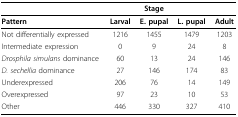
<table><thead><tr><td></td><td></td><td><b>Stage</b></td><td></td><td></td></tr></thead><tbody><tr><td><b>Pattern</b></td><td><b>Larval</b></td><td><b>E. pupal</b></td><td><b>L. pupal</b></td><td><b>Adult</b></td></tr><tr><td>Not differentially expressed</td><td>1216</td><td>1455</td><td>1479</td><td>1203</td></tr><tr><td>Intermediate expression</td><td>0</td><td>9</td><td>24</td><td>8</td></tr><tr><td><i>Drosphila simulans </i>dominance</td><td>60</td><td>13</td><td>24</td><td>146</td></tr><tr><td><i>D. sechellia </i>dominance</td><td>27</td><td>146</td><td>174</td><td>83</td></tr><tr><td>Underexpressed</td><td>206</td><td>76</td><td>14</td><td>149</td></tr><tr><td>Overexpressed</td><td>97</td><td>23</td><td>10</td><td>53</td></tr><tr><td>Other</td><td>446</td><td>330</td><td>327</td><td>410</td></tr></tbody></table>